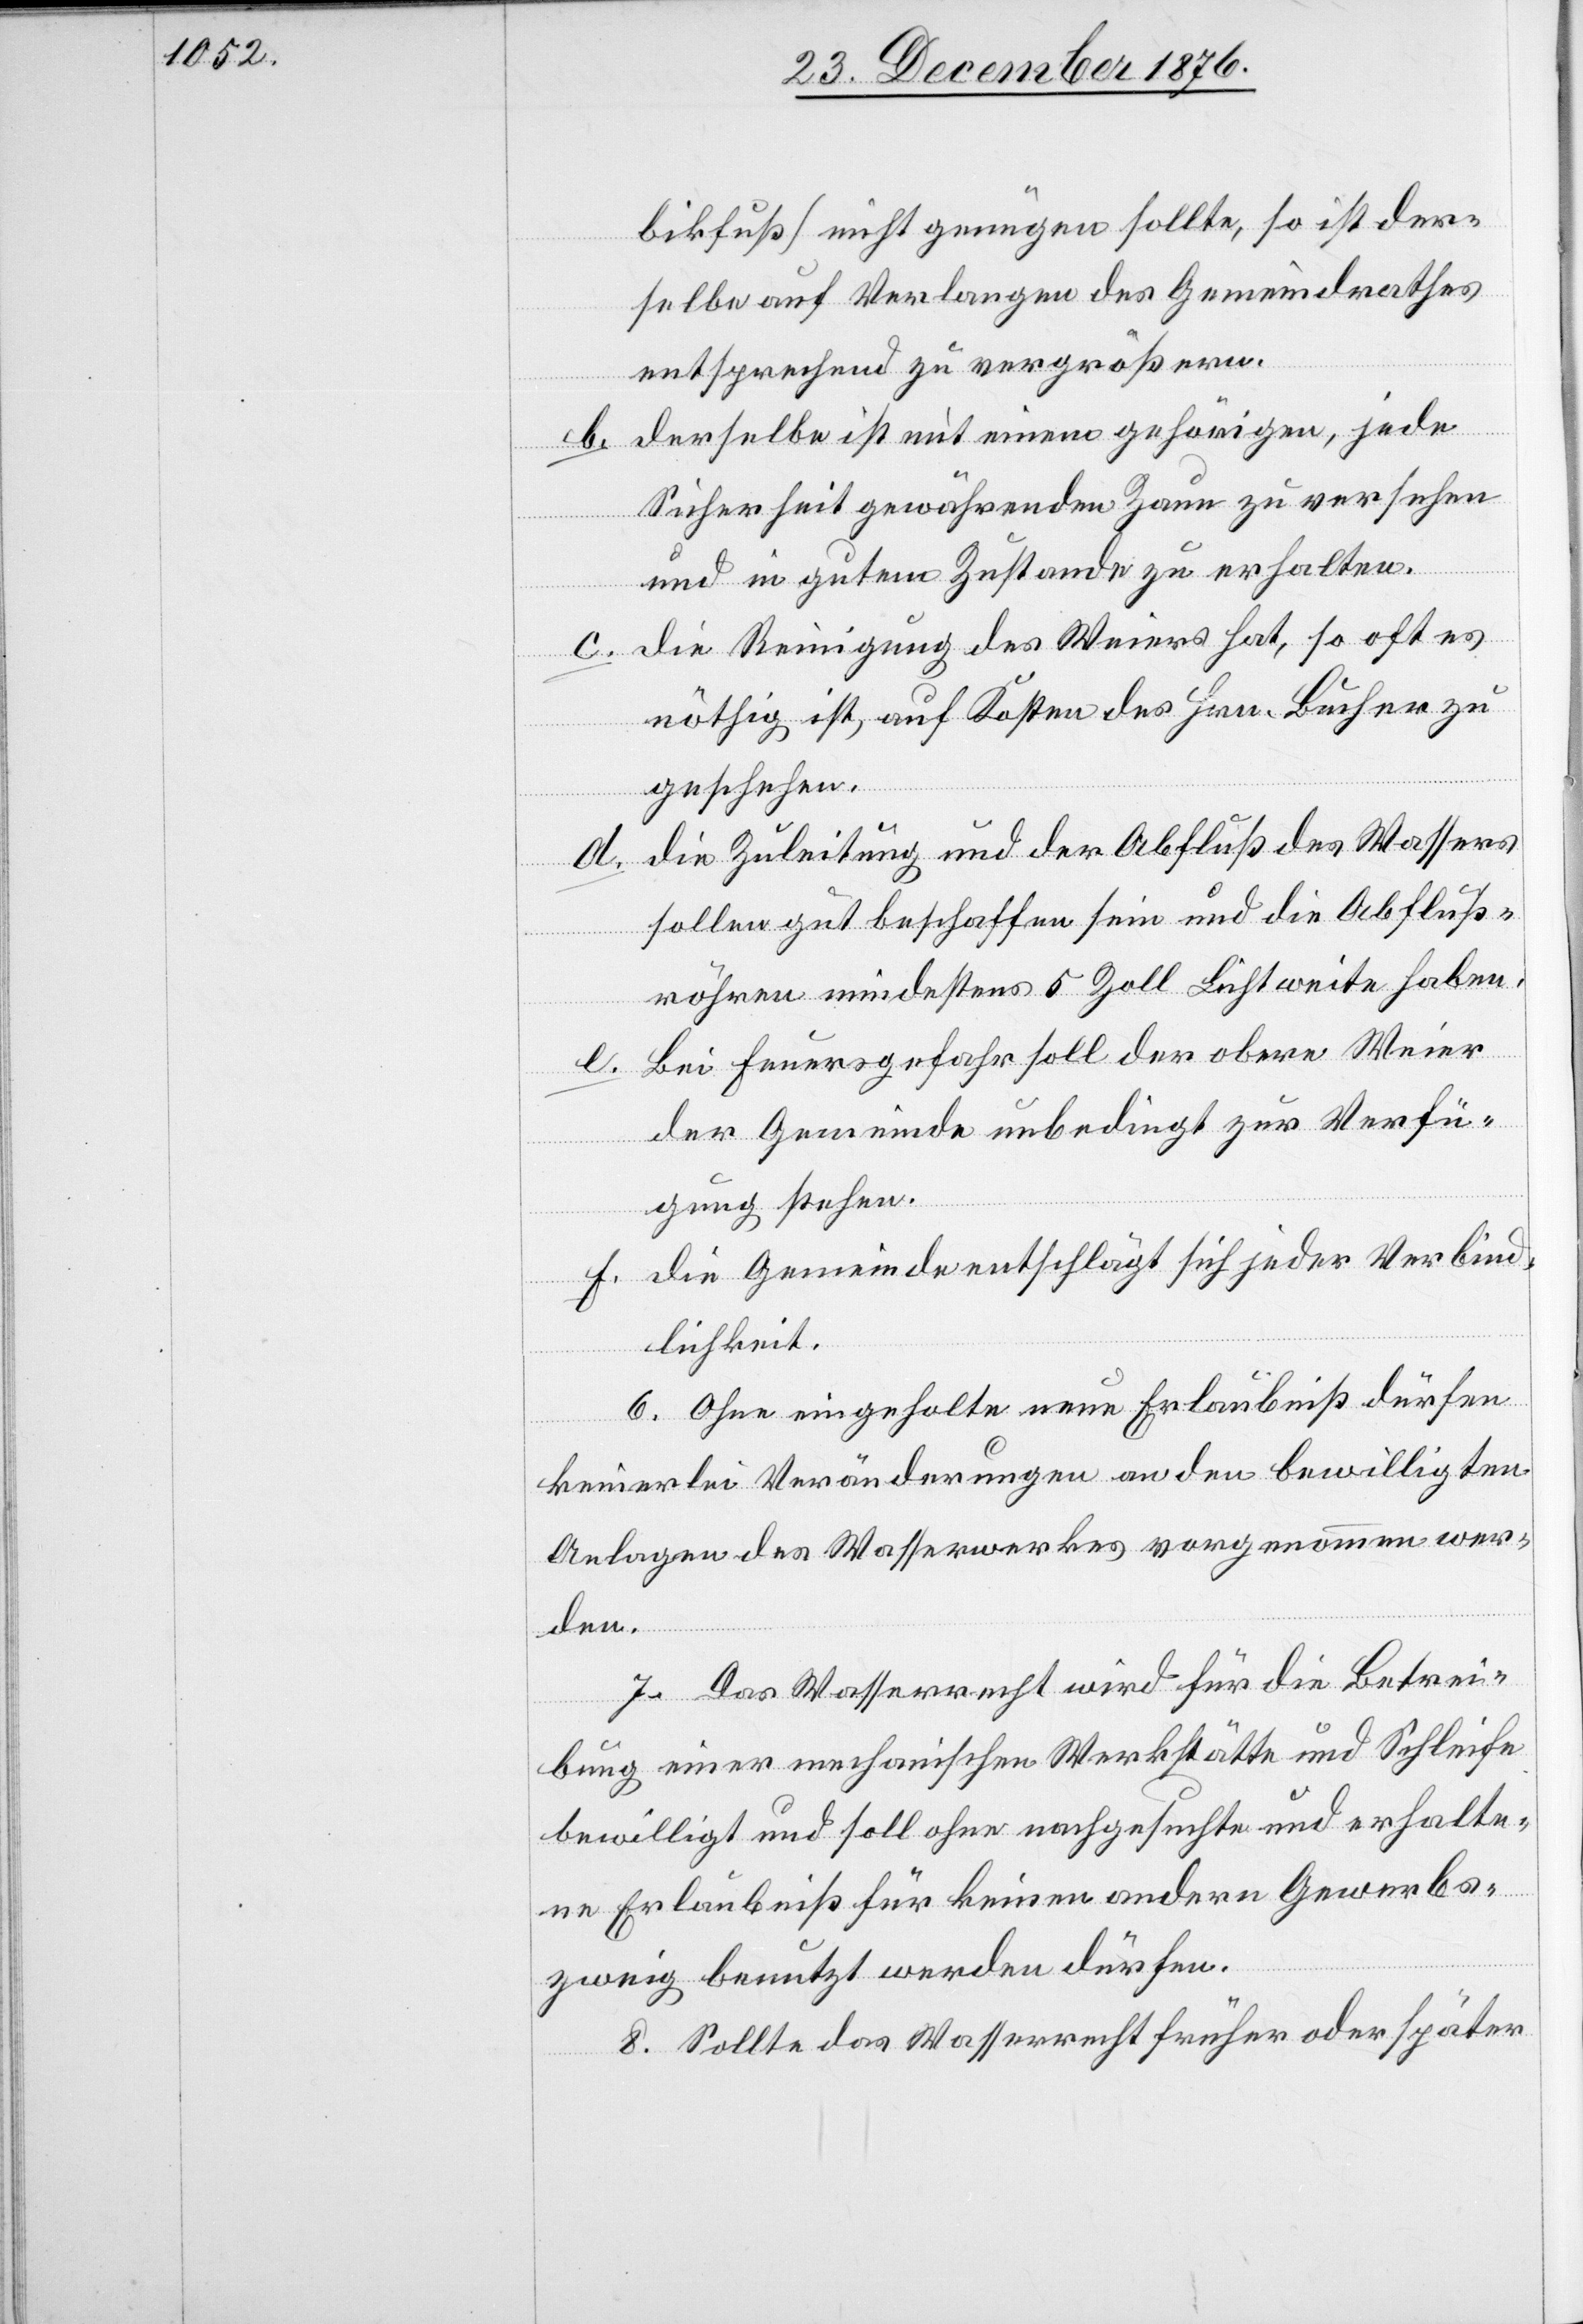
bikfuß] nicht genügen sollte, so ist der¬
selbe auf Verlangen des Gemeindrathes
entsprechend zu vergrößern.
e.
b. Derselbe ist mit einem gehörigen, jede
Sicherheit gewährenden Zaun zu versehen
und in gutem Zustande zu erhalten.
Die Reinigung des Weiers hat, so oft es
nöthig ist, auch Kosten des Hrn. Bucher zu
geschehen.
d. Die Zuleitung und der Abfluß des Wassers
sollen gut beschaffen sein und die Abfluß¬
röhren mindestens 5 Zoll Lichtweite haben.
Bei Feuersgefahr soll der obere Weier
der Gemeinde unbedingt zur Verfü¬
gung stehen.
f. Die Gemeinde entschlägt sich jeder Verbind¬
lichkeit.
6. Ohne eingeholte neue Erlaubniß dürfen
keinerlei Veränderungen an den bewilligten
Anlagen des Wasserwerkes vorgenommen wer¬
den.
7. Das Wasserrecht wird für die Betrei¬
bung einer mechanischen Werkstätte und Schleife
bewilligt und soll ohne nachgesuchte und erhalte¬
ne Erlaubniß für keinen andern Gewerbs¬
zweig benutzt werden dürfen.
8. Sollte das Wasserrecht früher oder später